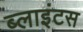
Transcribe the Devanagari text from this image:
ब्लाइंटस